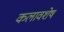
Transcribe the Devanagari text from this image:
कलावशेष